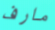
مارف